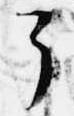
了